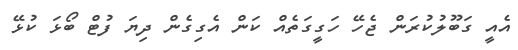
އެއީ ގަބޫލުކުރަން ޖެހޭ ހަގީގަތެއް ކަން އެގިގެން ދިޔަ ފުޓް ބޯޅަ ކުޅޭ